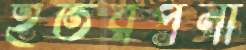
ইতরপনা